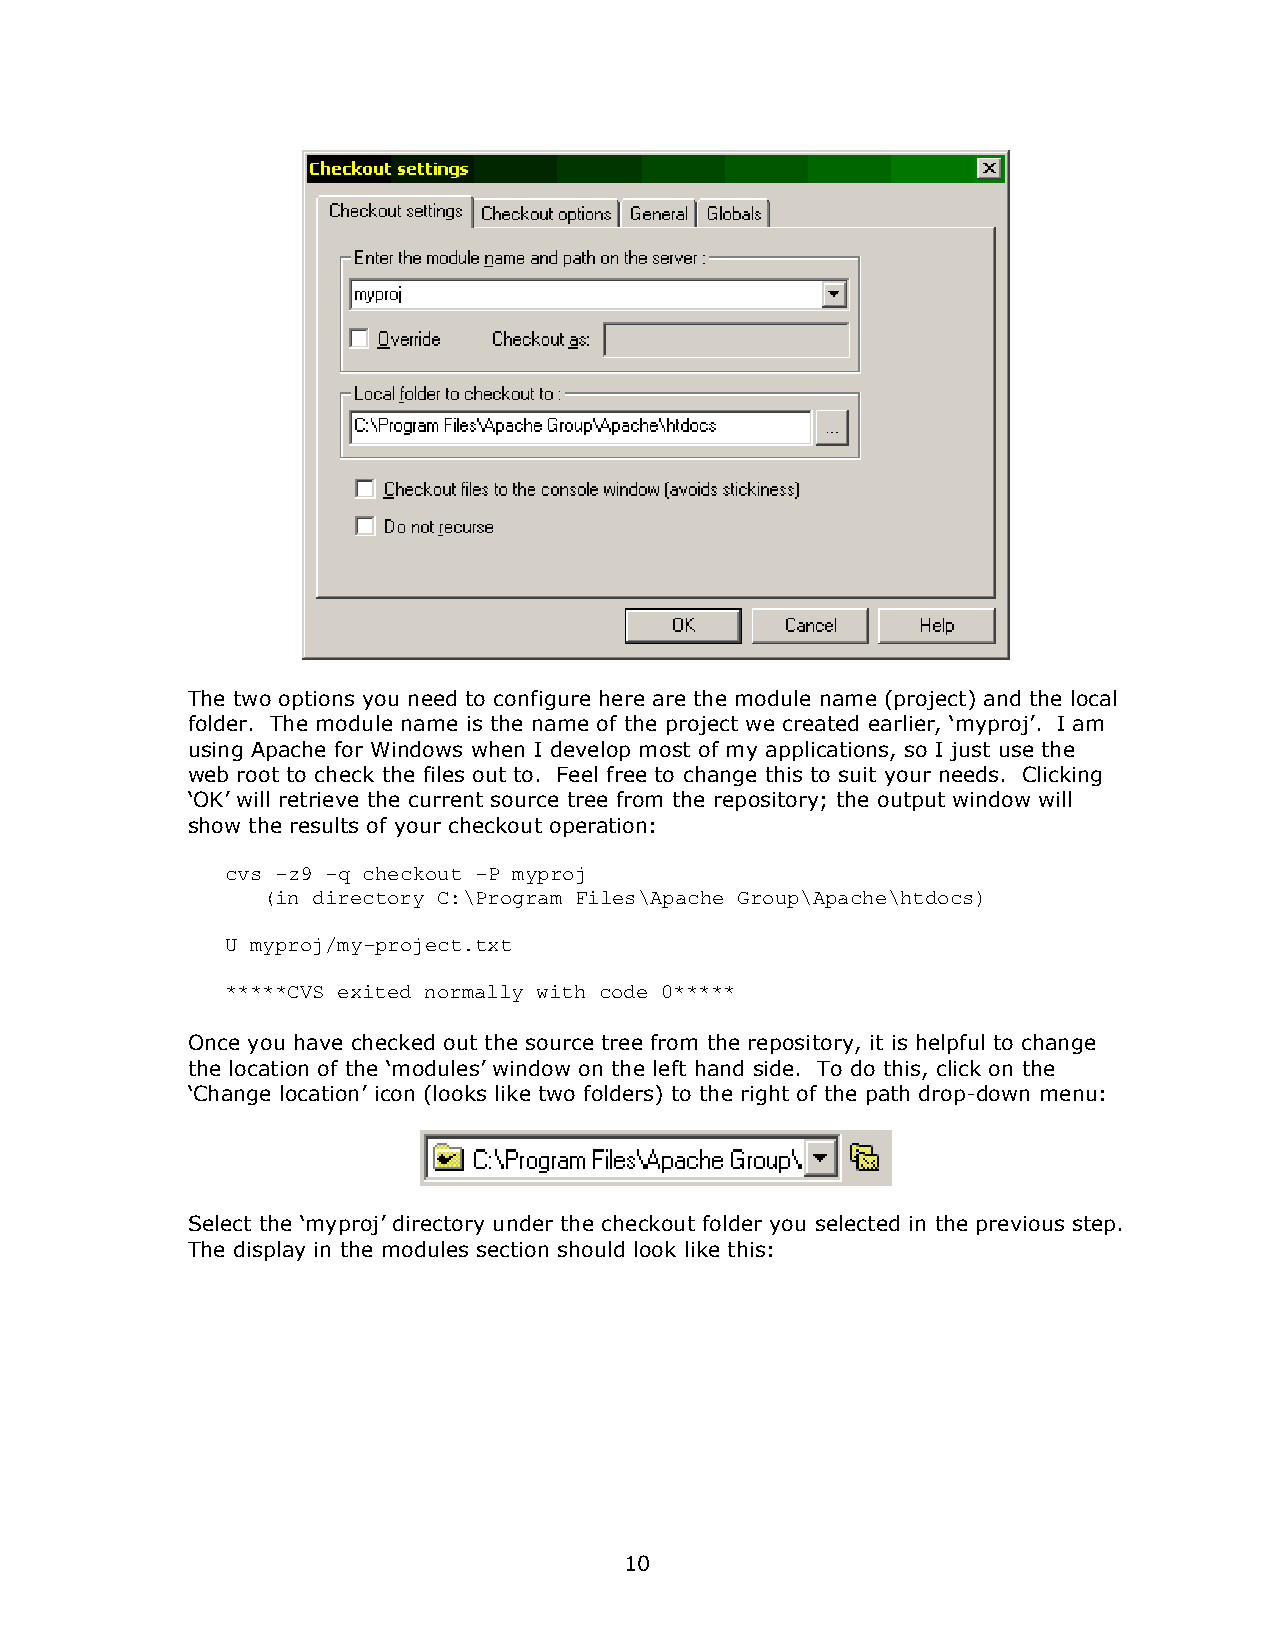
The two options you need to configure here are the module name (project) and the local
 folder. The module name is the name of the project we created earlier, ’myproj“. I am
 using Apache for Windows when I develop most of my applications, so I just use the
 web root to check the files out to. Feel free to change this to suit your needs. Clicking
 ’OK“ will retrieve the current source tree from the repository; the output window will
 show the results of your checkout operation:
 cvs -z9 -q checkout -P myproj
 (in directory C:\Program Files\Apache Group\Apache\htdocs)
 U myproj/my-project.txt
 *****CVS exited normally with code 0*****
 Once you have checked out the source tree from the repository, it is helpful to change
 the location of the ’modules“ window on the left hand side. To do this, click on the
 ’Change location“ icon (looks like two folders) to the right of the path drop-down menu:
 Select the ’myproj“ directory under the checkout folder you selected in the previous step.
 The display in the modules section should look like this:
 10